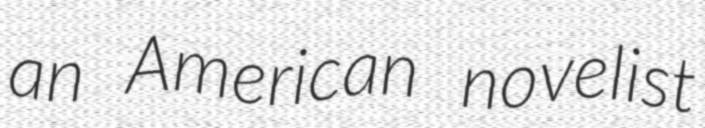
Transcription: an American novelist